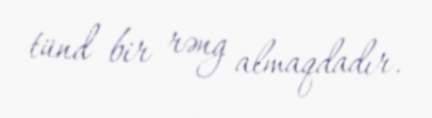
tünd bir rəng almaqdadır.